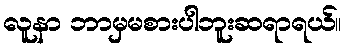
လူနာ ဘာမှမစားပါဘူးဆရာရယ်။